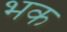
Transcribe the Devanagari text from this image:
भक